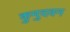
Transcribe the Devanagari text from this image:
कुमुदवन